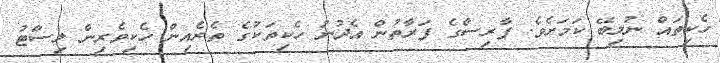
ހެކިތައް ނުލިބޭ ކަމަށެވެ. ފާރިސްގެ ފަރާތުން އެދުނު ހެކިތަކުގެ ތެރެއިން ހެކިވެރިން ލިސްޓު